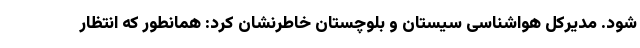
شود. مدیرکل هواشناسی سیستان و بلوچستان خاطرنشان کرد: همانطور که انتظار